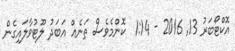
އޮކްޓޯބަރު 13